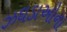
ઝઘડાઓના